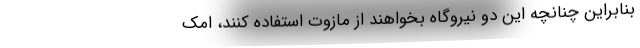
بنابراین چنانچه این دو نیروگاه بخواهند از مازوت استفاده کنند، امک